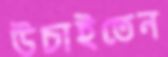
উচাইতেন